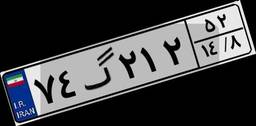
۷۴گ۲۱۲۵۲